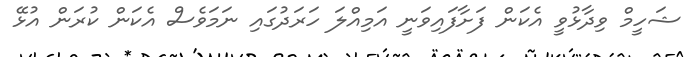
ޝަހީމް ވިދާޅުވީ އެކަން ފަށާފައިވަނީ އަމިއްލަ ހަރަދުގައި ނަމަވެސް އެކަން ކުރަން އުޅޭ